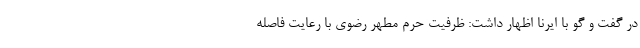
در گفت و گو با ایرنا اظهار داشت: ظرفیت حرم مطهر رضوی با رعایت فاصله